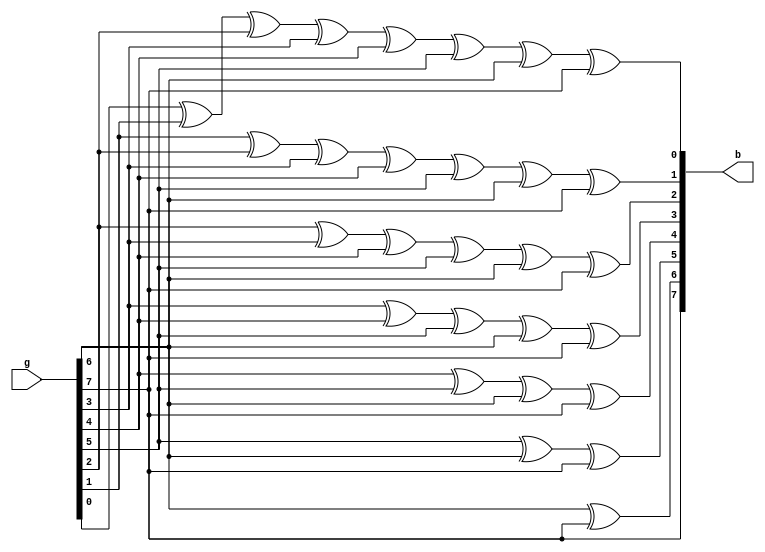
`timescale 1ns / 1ps
module gray_binary(b,g);
input [7:0]g;
output reg [7:0]b;
always@(*) begin
b[7] = g[7];
b[6] = g[6]^g[7];
b[5] = g[5]^g[6]^g[7];
b[4] = g[4]^g[5]^g[6]^g[7];
b[3] = g[3]^g[4]^g[5]^g[6]^g[7];
b[2] = g[2]^g[3]^g[4]^g[5]^g[6]^g[7];
b[1] =g[1]^ g[2]^g[3]^g[4]^g[5]^g[6]^g[7];
b[0] =g[0]^g[1]^ g[2]^g[3]^g[4]^g[5]^g[6]^g[7];
end
endmodule